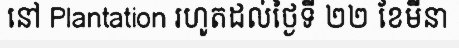
នៅ Plantation រហូតដល់ថ្ងៃទី ២២ ខែមីនា